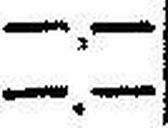
—.—